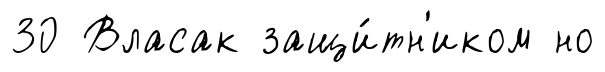
30 Власак защи́тн'иком но